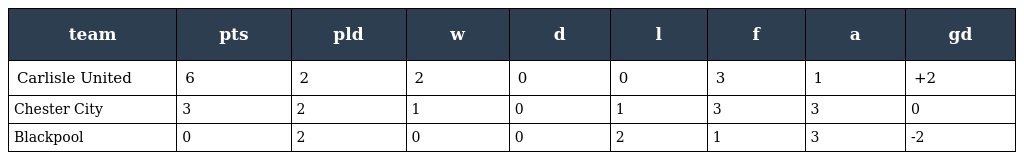
| team | pts | pld | w | d | l | f | a | gd |
 | --- | --- | --- | --- | --- | --- | --- | --- | --- |
 | Carlisle United | 6 | 2 | 2 | 0 | 0 | 3 | 1 | +2 |
 | Chester City | 3 | 2 | 1 | 0 | 1 | 3 | 3 | 0 |
 | Blackpool | 0 | 2 | 0 | 0 | 2 | 1 | 3 | -2 |